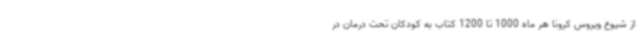
از شیوع ویروس کرونا هر ماه 1000 تا 1200 کتاب به کودکان تحت درمان در